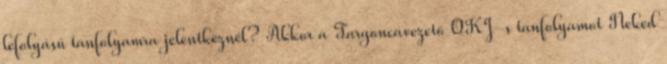
lefolyású tanfolyamra jelentkeznél? Akkor a Targoncavezető OKJ-s tanfolyamot Neked